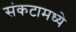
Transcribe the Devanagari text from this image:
संकटामध्ये